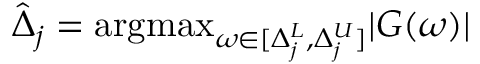
\hat { \Delta } _ { j } = \mathrm { a r g m a x } _ { \omega \in [ \Delta _ { j } ^ { L } , \Delta _ { j } ^ { U } ] } | G ( \omega ) |